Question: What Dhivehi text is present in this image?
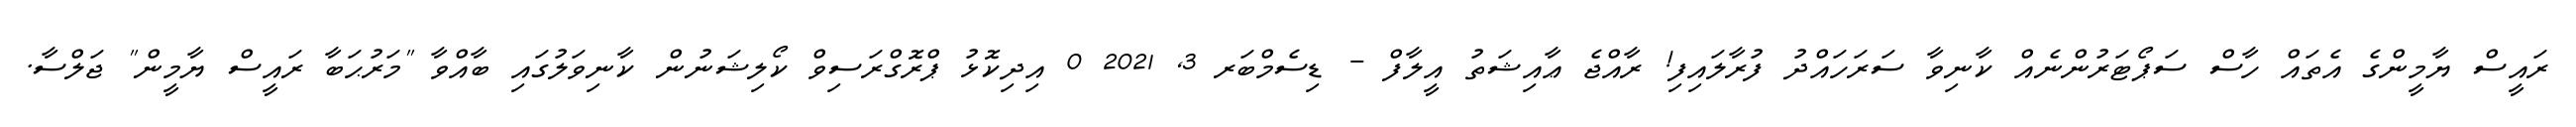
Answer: ރައީސް ޔާމީންގެ އެތައް ހާސް ސަޕޯޓަރުންނެއް ކާނިވާ ސަރަހައްދު ފުރާލައިފި! ރާއްޖެ ޢާއިޝަތު އީލާފް - ޑިސެމްބަރ 3, 2021 0 އިދިކޮޅު ޕްރޮގްރަސިވް ކޯލިޝަނުން ކާނިވަލުގައި ބާއްވާ "މަރުޙަބާ ރައީސް ޔާމީން" ޖަލްސާ.